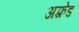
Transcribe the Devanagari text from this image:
अफ़्रेड